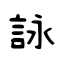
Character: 詠